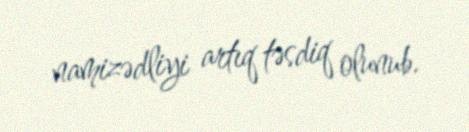
namizədliyi artıq təsdiq olunub.